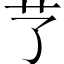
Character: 𦫼